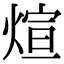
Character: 煊